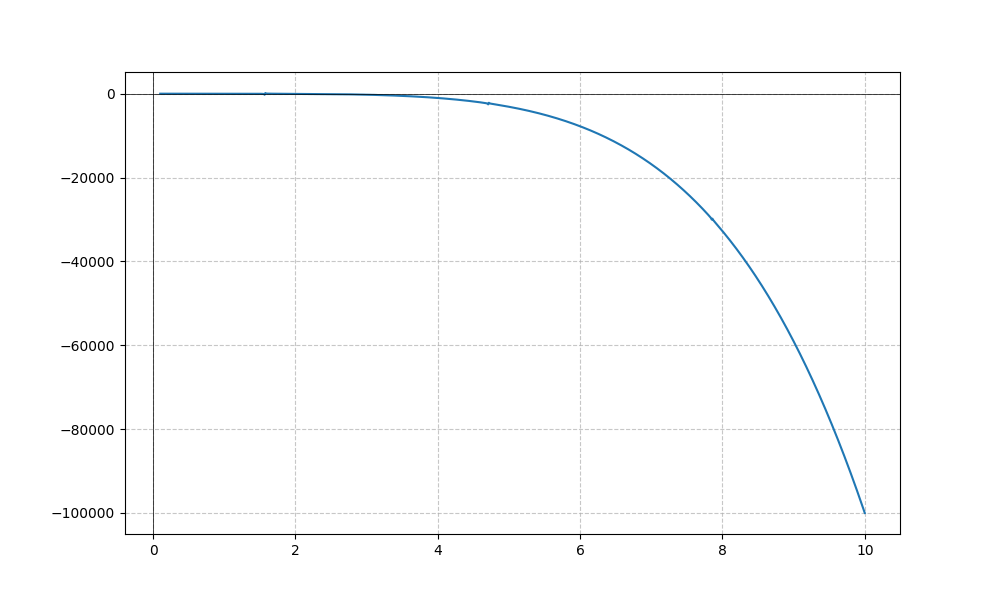
LaTeX formula: - x^{5} - \tan{\left(x \right)}